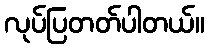
လုပ်ပြတတ်ပါတယ်။